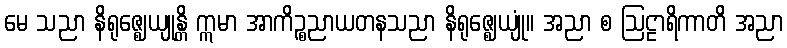
မေ သညာ နိရုဇ္ဈေယျုန္တိ ဣမာ အာကိဉ္စညာယတနသညာ နိရုဇ္ဈေယျုံ။ အညာ စ ဩဠာရိကာတိ အညာ